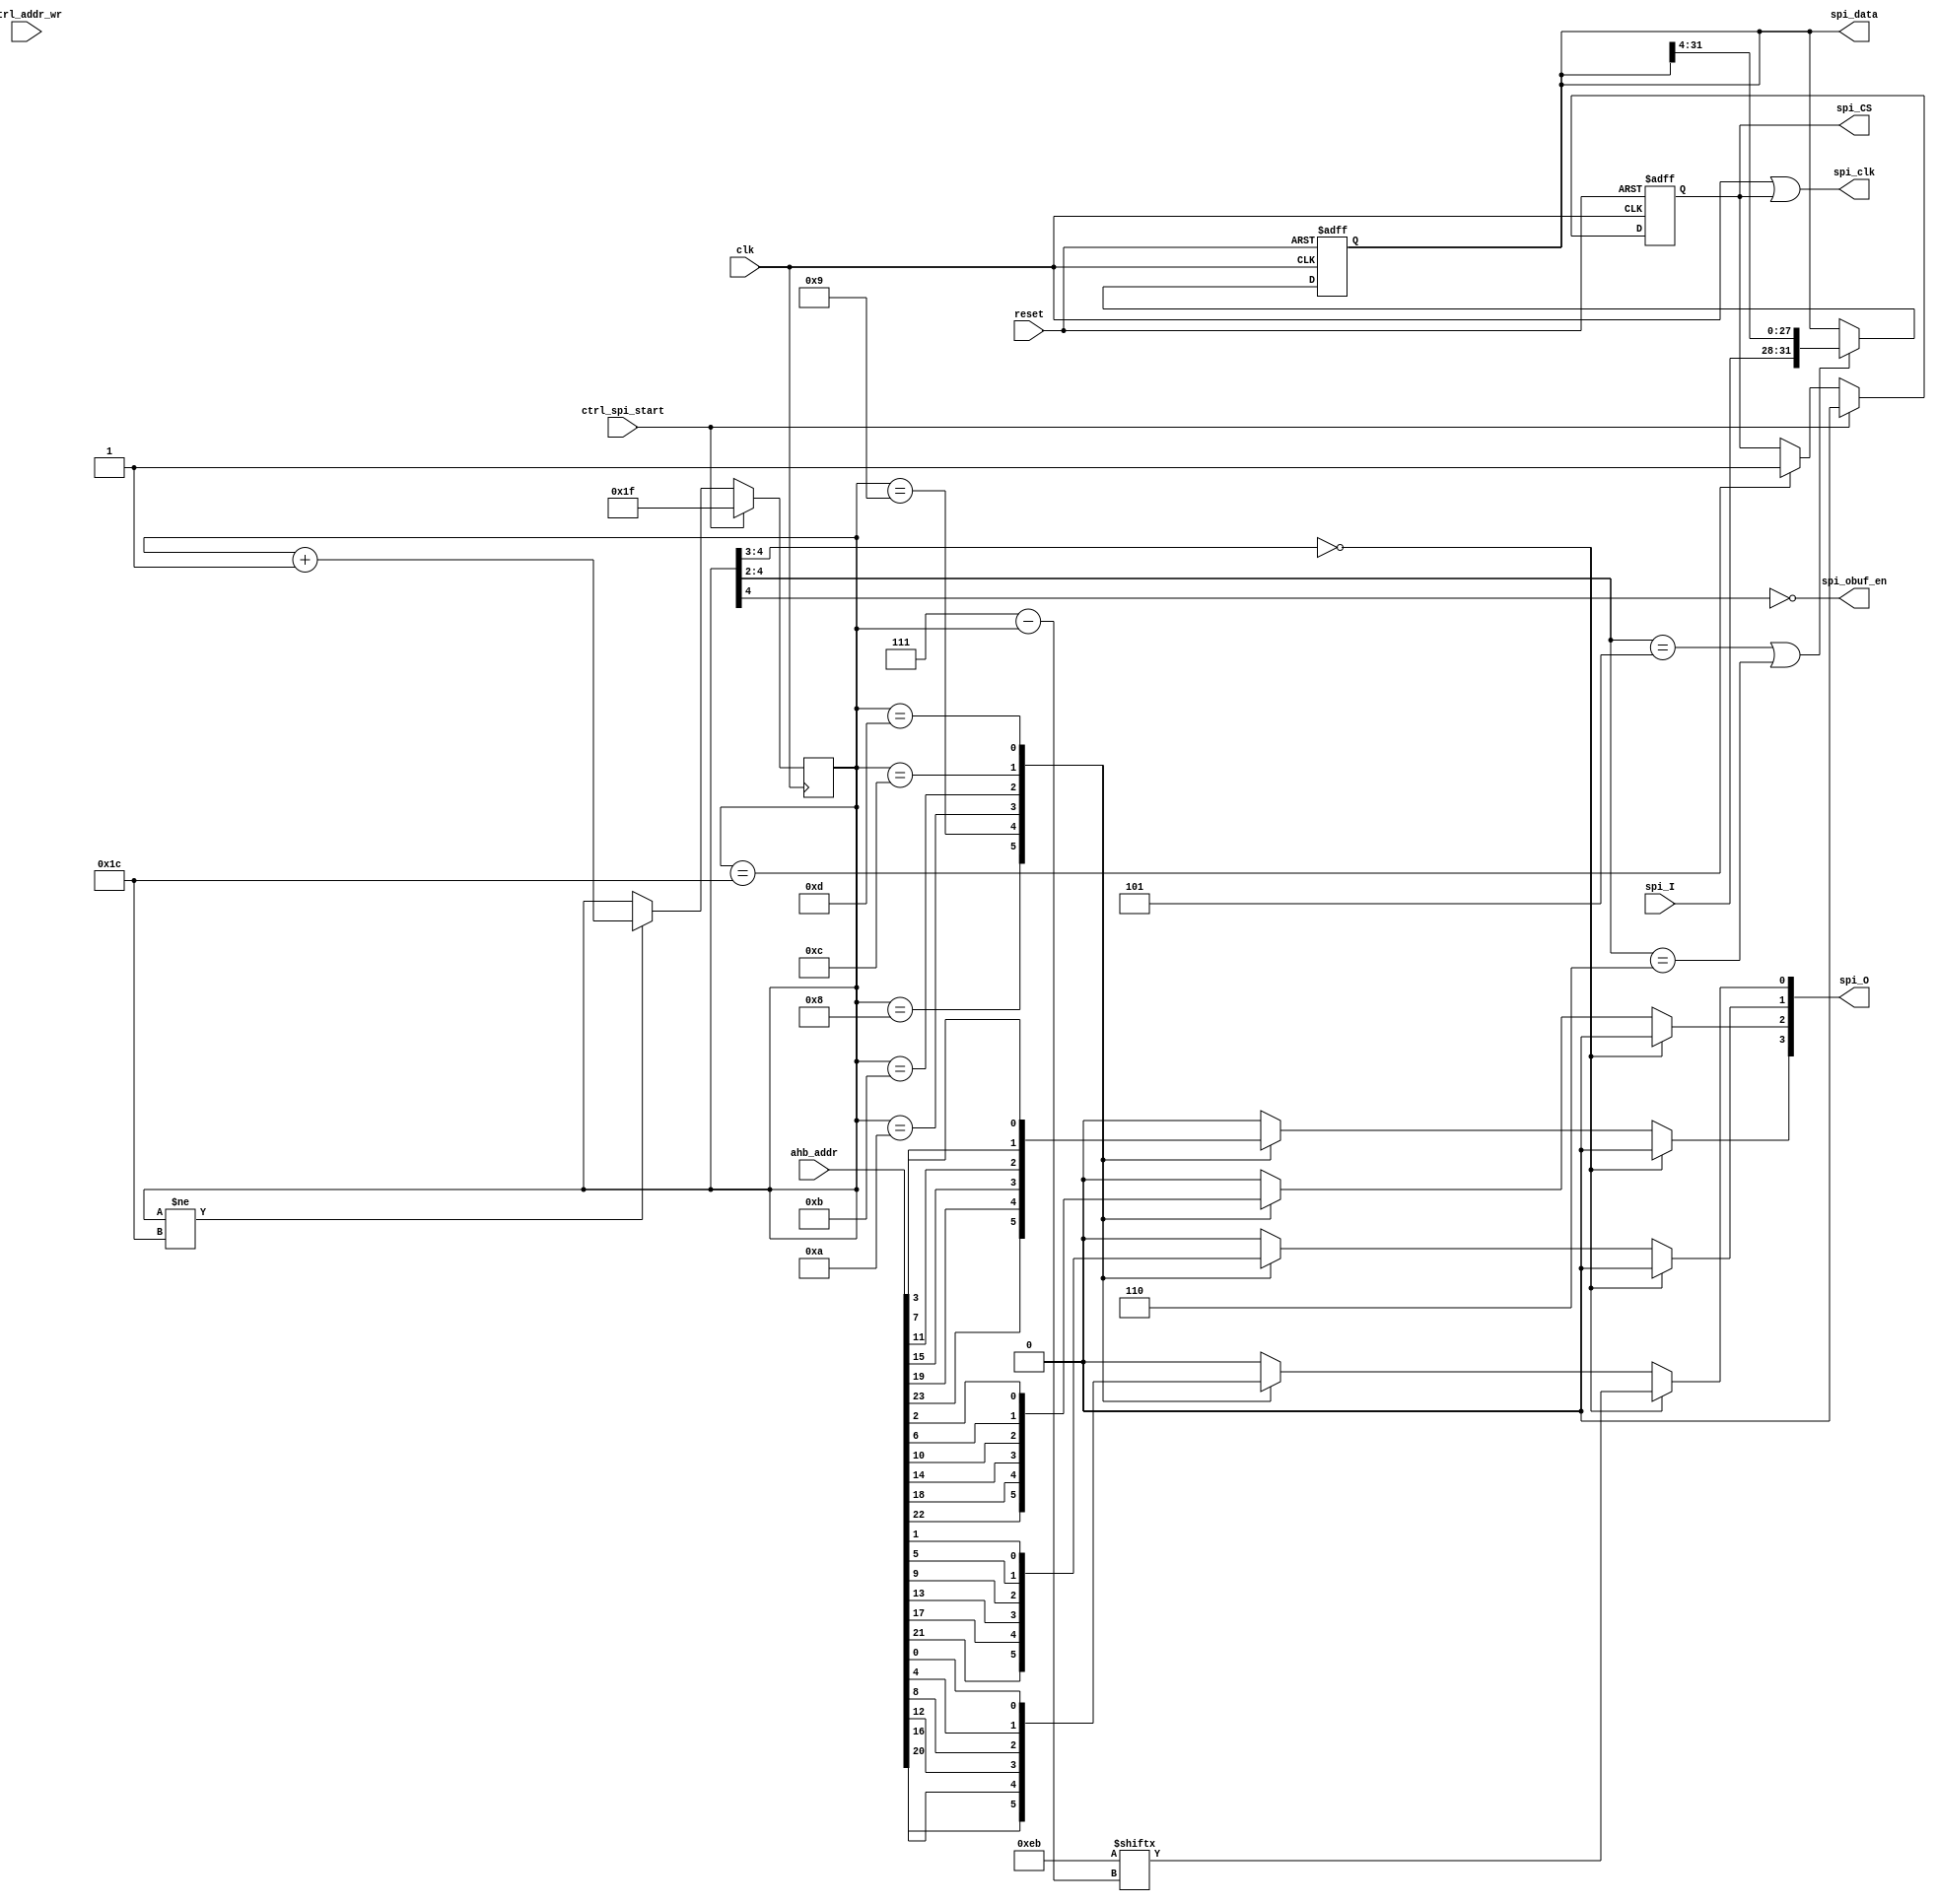
/*******************************************************************
 *
 * Module: QSPIFI.v
 * Project: Raptor
 * Description: QPI Flash Interface 
 *
 **********************************************************************/


module QSPIFI #(parameter MODE=0)

(
  input wire clk,
  input wire reset,
  input wire [31:0] ahb_addr,   // has to be shifted by 8 bits to the left 
  input ctrl_addr_wr,
  input ctrl_spi_start,
  
  output reg [31:0]  spi_data,
  input wire [3:0] spi_I,
  output wire [3:0] spi_O,
  output wire spi_obuf_en,
  output reg spi_CS,
  output wire spi_clk
);

reg [31:0]  mem_addr;
//reg [7:0]   spi_cmd;

reg [4:0]   spi_cntr;

wire [7:0]   spi_cmd = 8'hEB;

reg addr_mux_0, addr_mux_1, addr_mux_2, addr_mux_3;

// FSM as a counter
always @ (negedge clk)
  if(ctrl_spi_start)
    spi_cntr <= 5'b11111;
  else
    if(spi_cntr != 5'd28)
      spi_cntr <= spi_cntr + 1'b1;

//always @ (posedge clk)
//  if(ctrl_addr_wr)
//    mem_addr <= ahb_addr;

always @ (posedge clk or negedge reset)
    if(!reset) spi_CS <= 1'b1;
    else if(ctrl_spi_start) spi_CS <= 1'b0;
    else if(spi_cntr == 5'd28) spi_CS <= 1'b1;
    
always @ *
  case (spi_cntr)
    5'd8: addr_mux_0 = ahb_addr[20];
    5'd9: addr_mux_0 = ahb_addr[16];
    5'd10: addr_mux_0 = ahb_addr[12];
    5'd11: addr_mux_0 = ahb_addr[8];
    5'd12: addr_mux_0 = ahb_addr[4];
    5'd13: addr_mux_0 = ahb_addr[0];
    default: addr_mux_0 = 1'b0;
  endcase

always @ *
  case (spi_cntr)
    5'd8: addr_mux_1 = ahb_addr[21];
    5'd9: addr_mux_1 = ahb_addr[17];
    5'd10: addr_mux_1 = ahb_addr[13];
    5'd11: addr_mux_1 = ahb_addr[9];
    5'd12: addr_mux_1 = ahb_addr[5];
    5'd13: addr_mux_1 = ahb_addr[1];
    default: addr_mux_1 = 1'b0;
  endcase

always @ *
  case (spi_cntr)
    5'd8: addr_mux_2 = ahb_addr[22];
    5'd9: addr_mux_2 = ahb_addr[18];
    5'd10: addr_mux_2 = ahb_addr[14];
    5'd11: addr_mux_2 = ahb_addr[10];
    5'd12: addr_mux_2 = ahb_addr[6];
    5'd13: addr_mux_2 = ahb_addr[2];
    default: addr_mux_2 = 1'b0;
  endcase

always @ *
  case (spi_cntr)
    5'd8: addr_mux_3 = ahb_addr[23];
    5'd9: addr_mux_3 = ahb_addr[19];
    5'd10: addr_mux_3 = ahb_addr[15];
    5'd11: addr_mux_3 = ahb_addr[11];
    5'd12: addr_mux_3 = ahb_addr[7];
    5'd13: addr_mux_3 = ahb_addr[3];
    default: addr_mux_3 = 1'b0;
  endcase


assign spi_O[0] = (spi_cntr[4:3] == 2'b00) ? spi_cmd[7-spi_cntr] : addr_mux_0;
assign spi_O[1] = (spi_cntr[4:3] == 2'b00) ? 1'b0 : addr_mux_1;
assign spi_O[2] = (spi_cntr[4:3] == 2'b00) ? 1'b0 : addr_mux_2;
assign spi_O[3] = (spi_cntr[4:3] == 2'b00) ? 1'b0 : addr_mux_3;

assign spi_obuf_en = ~spi_cntr[4];//(spi_cntr[4:2] != 3'b101) & (spi_cntr[4:2] != 3'b110);

assign spi_clk = clk | spi_CS;

always @ (posedge clk or negedge reset)
    if(!reset) spi_data <= 32'd0;
    else if((spi_cntr[4:2] == 3'b101) || (spi_cntr[4:2] == 3'b110))
        spi_data <= {spi_I,spi_data[31:4]};
    
endmodule